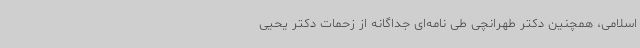
اسلامی، همچنین دکتر طهرانچی طی نامه‌ای جداگانه از زحمات دکتر یحیی